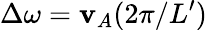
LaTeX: \Delta\omega=\mathbf{v}_{A}(2\pi/L^{\prime})